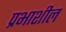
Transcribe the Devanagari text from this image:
प्रभाशील